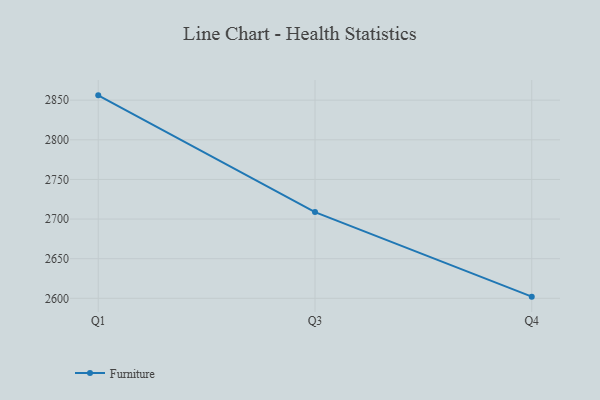
{"axis": {"x": "Quarter", "y": "Waste Production (Tons)"}, "legend": ["Furniture"], "data": [{"x": "Q1", "y": 2856.1, "type": "Furniture"}, {"x": "Q3", "y": 2708.8, "type": "Furniture"}, {"x": "Q4", "y": 2602.1, "type": "Furniture"}]}